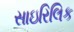
સાઇરિલિક